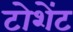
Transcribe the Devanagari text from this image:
टोशेंट